Lunatic asylums in Bengal annual reports 1888-1898 - 1888-1898
Year: 1888
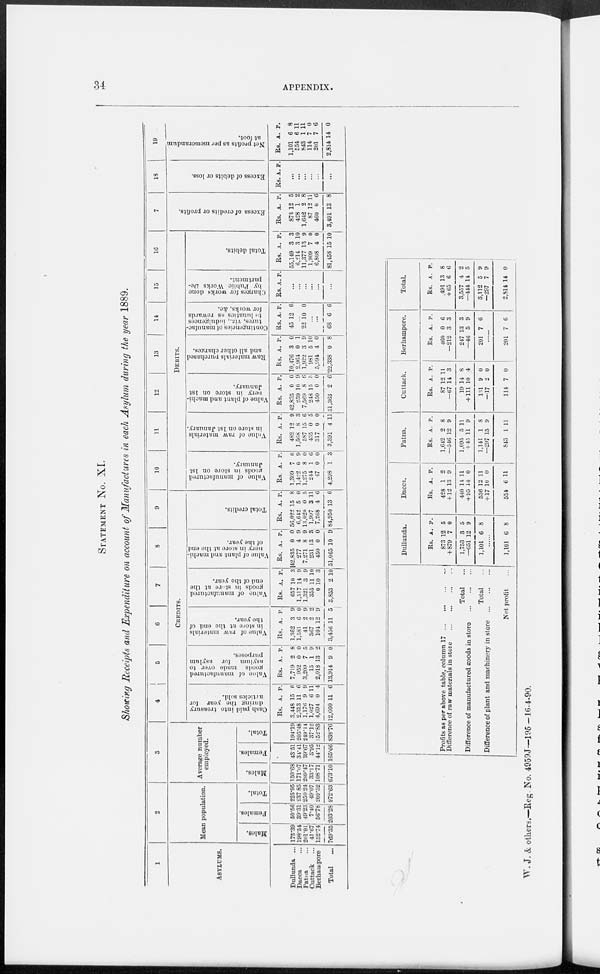
34
APPENDIX.
STATEMENT NO. XI.
Showing Receipts and Expenditure on account of Manufactures in each Asylum during the year 1889.
1
ASYLUMS.
Dullanda ...
Dacca ...
Patna ...
Cuttack ...
Berhampore
Total ...
2
Mean population.
Males.
175.39
198.54
201.01
41.67
152.74
769.35
Females.
50.56
39.31
49.23
7.40
56.78
203.28
Total.
225.95
237.85
250.24
49.07
209.52
972.63
3
Average number
employed.
Males.
150.68
171.07
209.47
33.17
108.71
673.10
Females.
43.51
34.41
39.67
3.95
44.12
165.66
Total.
194.19
205.48
249.14
37.12
152.83
838.76
4
5
6
7
8
9
CREDITS.
Cash paid into treasury
during the year for
articles sold.
Rs.
3,448
2,313
1,176
1,027
4,694
12,660
A.
15
11
9
6
0
11
P.
0
6
9
11
4
6
Value of manufactured
goods made over to
asylum for asylum
purposes.
Rs.
7,719
952
3,209
15
2,018
13,914
A.
2
0
7
1
13
9
P.
8
0
5
9
2
0
Value of raw materials
in store at the end of
the year.
Rs.
1,362
1,581
41
367
104
3,456
A.
3
6
2
2
12
11
P.
9
0
9
2
9
5
Value of manufactured
goods in store at the
end of the year.
Rs.
657
1,517
1,321
355
0
3,853
A.
10
14
3
11
10
2
P.
3
9
9
10
3
10
Value of plant and machi-
nery in store at the end
of the year.
Rs.
42,835
277
7,271
231
450
51,065
A.
0
4
8
13
0
10
P.
0
9
9
3
0
9
Total credits.
Rs.
56,022
6,642
13,020
1,997
7,268
84,950
A.
15
5
0
3
4
13
P.
8
0
5
11
6
6
10
11
12
13
14
15
16
DEBITS.
Value of manufactured
goods in store on 1st
January.
Rs.
1,309
1,422
1,275
244
47
4,298
A.
7
0
8
1
0
1
P.
0
9
0
6
0
3
Value
of raw materials
in store on 1st January.
Rs.
482
1,568
587
435
317
3,391
A.
12
8
15
0
0
4
P.
9
3
6
5
0
11
Value of plant and machi-
nery in store on 1st
January.
Rs.
42,835
259
7,569
248
450
51,363
A.
0
10
8
15
0
2
P.
0
9
6
3
0
6
Raw materials purchased
and all other charges.
Rs.
10,476
2,964
1,922
981
5,994
22,338
A.
3
0
3
5
4
0
P.
0
1
9
10
0
8
Contingencies of manufac-
tures, viz., indulgences
to lunatics as rewards
for works, &c.
Rs.
45
A
12
P.
6
...
22 10 0
...
...
68 6 6
Charges for works done
by Public Works De-
partment.
Rs. A. P.
...
...
...
...
...
...
Total debits.
Rs.
55,149
6,214
11,377
1,909
6,808
81,458
A.
3
3
13
7
4
15
P.
3
10
9
0
0
10
17
Excess of credits or profits.
Rs.
873
428
1,642
87
460
3,491
A.
12
1
2
12
0
13
P.
5
2
8
11
6
8
18
Excess of debits or loss.
Rs. A. P.
...
...
...
...
...
. ..
19
Net profits as per memorandum
at foot.
Rs.
1,101
554
843
114
201
2,814
A.
6
6
1
7
7
14
P.
8
11
11
0
6
0
Profits as per above table, column 17
...
...
...
...
Difference of raw materials in store
...
...
...
...
Total ...
Difference of manufactured goods in store
...
...
...
Total ...
Difference of plant and machinery in store
...
...
...
Net profit ...
Dullunda.
Rs.
873
+879
1,753
—651
1,101
A.
12
7
3
12
6
P.
5
0
5
9
8
...
1,101 6 8
Dacca.
Rs.
428
+12
440
+ 95
536
+ 17
554
A.
1
13
14
14
12
10
6
P.
2
9
11
0
11
0
11
Patna.
Rs.
1,612
—546
1,095
+45
1,141
—297
843
A.
2
12
5
11
1
15
1
P.
8
9
11
9
8
9
11
Cuttack.
Rs.
87
-67
19
+ 111
131
—17
114
A
12
14
14
10
9
2
7
P.
11
3
8
4
0
0
0
Berhampore.
Rs.
460
—212
247
—46
201
A.
0
3
13
5
7
P.
6
3
3
9
6
......
201 7 6
Total.
Rs.
491
+65
3,557
—444
3,112
-297
2,814
A.
13
6
4
14
5
7
14
P.
8
6
2
5
9
9
0
W. J. & others.—Reg. No. 4059J—195 -16-4-90.